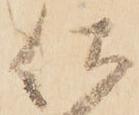
仕